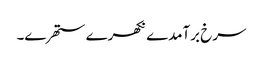
سرخ برآمدے نکھرے ستھرے۔